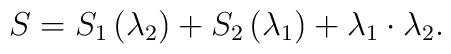
S=S_1\left( \lambda _2\right) +S_2\left( \lambda _1\right) +\lambda _1\cdot\lambda _2.